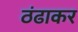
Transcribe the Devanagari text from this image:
ठंढाकर